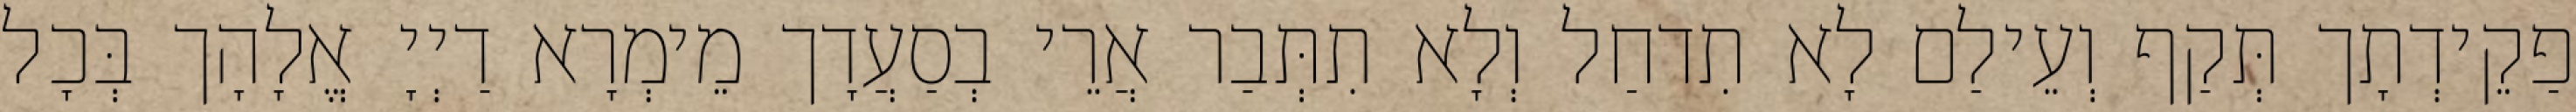
פַקֵידְתָך תְּקַף וְעֵילַם לָא תִדחַל וְלָא תִתְּבַר אֲרֵי בְסַעֲדָך מֵימְרָא דַיְיָ אֱלָהָך בְּכָל